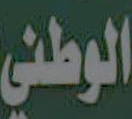
الوطني